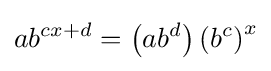
ab^{cx+d}=\left(ab^{d}\right)\left(b^{c}\right)^{x}